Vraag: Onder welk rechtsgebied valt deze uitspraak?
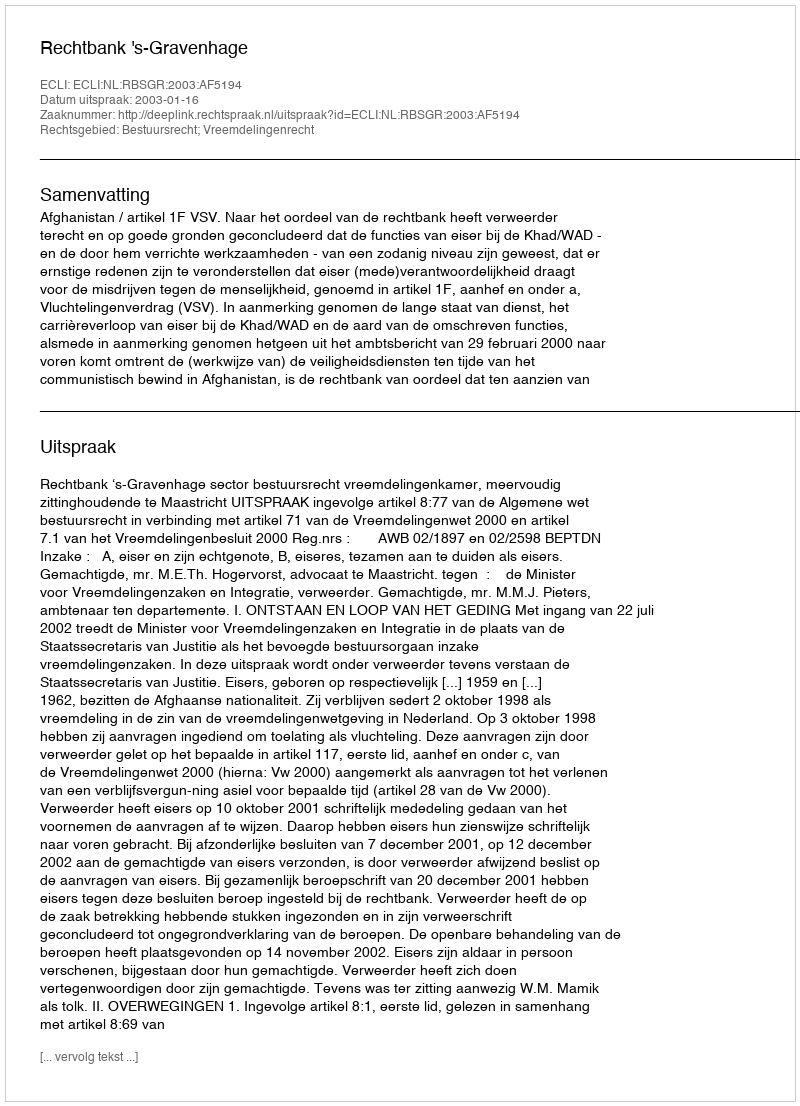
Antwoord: Bestuursrecht; Vreemdelingenrecht